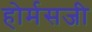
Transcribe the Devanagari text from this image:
होर्मसजी